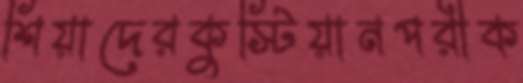
শিয়াদেরকুস্টিয়ানপরীক